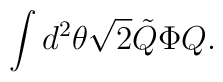
\int d^2 \theta \sqrt{2} \tilde{Q} \Phi Q .